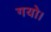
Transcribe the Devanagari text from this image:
गयो।